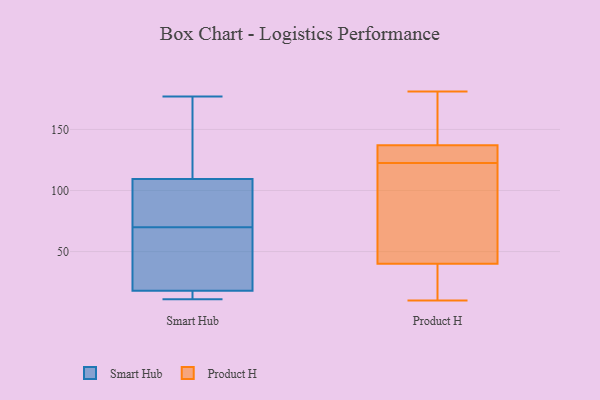
{"axis": {"x": "Operating Costs (USD K)", "y": "Value"}, "legend": ["Product H", "Smart Hub"], "data": [{"x": "", "y": 47, "type": "Smart Hub"}, {"x": "", "y": 11, "type": "Smart Hub"}, {"x": "", "y": 72, "type": "Smart Hub"}, {"x": "", "y": 115, "type": "Smart Hub"}, {"x": "", "y": 12, "type": "Smart Hub"}, {"x": "", "y": 133, "type": "Smart Hub"}, {"x": "", "y": 79, "type": "Smart Hub"}, {"x": "", "y": 177, "type": "Smart Hub"}, {"x": "", "y": 20, "type": "Smart Hub"}, {"x": "", "y": 104, "type": "Smart Hub"}, {"x": "", "y": 68, "type": "Smart Hub"}, {"x": "", "y": 16, "type": "Smart Hub"}, {"x": "", "y": 10, "type": "Product H"}, {"x": "", "y": 114, "type": "Product H"}, {"x": "", "y": 79, "type": "Product H"}, {"x": "", "y": 22, "type": "Product H"}, {"x": "", "y": 136, "type": "Product H"}, {"x": "", "y": 157, "type": "Product H"}, {"x": "", "y": 137, "type": "Product H"}, {"x": "", "y": 181, "type": "Product H"}, {"x": "", "y": 40, "type": "Product H"}, {"x": "", "y": 131, "type": "Product H"}]}